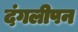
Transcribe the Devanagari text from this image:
दंगलीपन